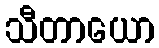
သီတာယော